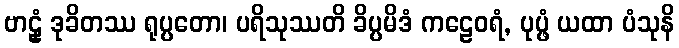
ဗာဠှံ ဒုခိတဿ ရုပ္ပတော၊ ပရိသုဿတိ ခိပ္ပမိဒံ ကဠေဝရံ, ပုပ္ဖံ ယထာ ပံသုနိ